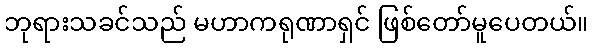
ဘုရားသခင်သည် မဟာကရုဏာရှင် ဖြစ်တော်မူပေတယ်။